Report of the Municipal Commissioner on the plague in Bombay for the year ending 31st May... - Volume 1
Disease focus: Plague
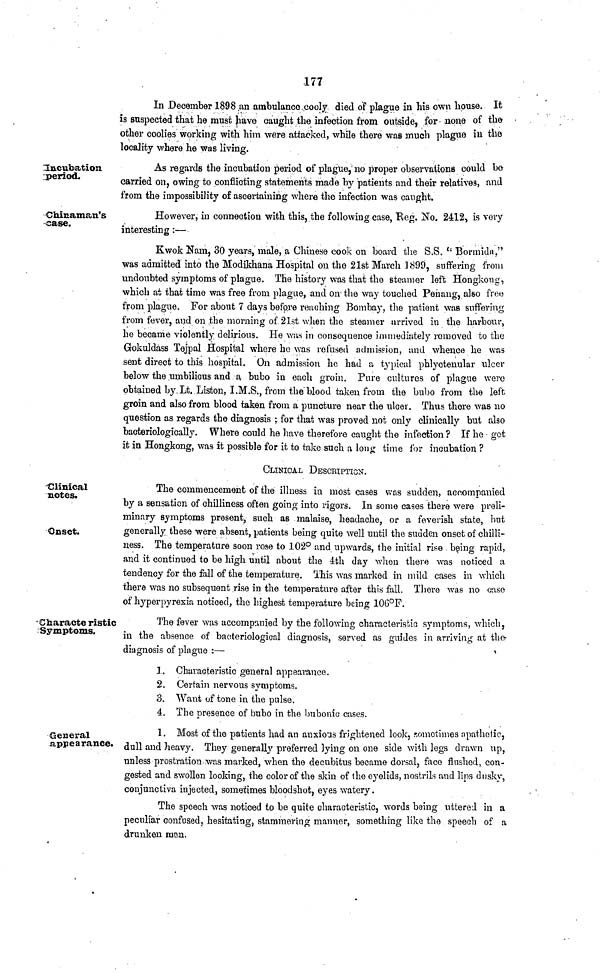
177
In December 1898 an ambulance cooly died of plague in his own house. It
is suspected that he must have caught the infection from outside, for none of the
other coolies working with him were attacked, while there was much plague in the
locality where he was living.
Incubation
period.
As regards the incubation period of plague, no proper observations could be-
carried on, owing to conflicting statements made by patients and their relatives, and
from the impossibility of ascertaining where the infection was caught.
Chinaman's
case.
However, in connection with this, the following case, Reg. No. 2412, is very
interesting:—
Kwok Nam, 30 years, male, a Chinese cook on board the S.S. " Bormida,"
was admitted into the Modikhana Hospital on the 21st March 1899, suffering from
undoubted symptoms of plague. The history was that the steamer left Hongkong,
which at that time was free from plague, and on the way touched Penaug, also free
from plague. For about 7 days before reaching Bombay, the patient was suffering
from fever, and on the morning of 21st when the steamer arrived in the harbour,
he became violently delirious. He was in consequence immediately removed to the
Gokuldass Tejpal Hospital where ho was refused admission, and whence he was
sent direct to this hospital. On admission he had a typical phlyctenular ulcer
below the umbilicus and a bubo in each groin. Pure cultures of plague were
obtained by Lt. Listen, I.M.S., from the blood taken from the bubo from the left
groin and also from blood taken from a puncture near the ulcer. Thus there was no
question as regards the diagnosis ; for that was proved not only clinically but also
bacteriologically. Where could he have therefore caught the infection? If he got
it in Hongkong, was it possible for it to take such a long time for incubation?
CLINICAL DESCRIPTION.
Clinical
notes
Onset.
The commencement of the illness in most cases was sudden, accompanied
by a sensation of chilliness often going into rigors. In some cases there were preli-
minary symptoms present, such as malaise, headache, or a feverish state, but
generally these were absent, patients being quite well until the suuden onset of chilli-
ness. The temperature soon rose to 102° and upwards, the initial rise being rapid,
and it continued to be high until about the 4th day when there was noticed a
tendency for the fall of the temperature. This was marked in mild cases in which
there was no subsequent rise in the temperature after this fall. There was no case
of hyperpyrexia noticed, the highest temperature being 106°F.
Characte ristic
Symptoms.
The fever was accompanied by the following characteristic symptoms, which,
in the absence of bacteriological diagnosis, served as guides in arriving at the-
diugnosis of plague :—
1. Characteristic general appearance.
2. Certain nervous symptoms.
3. Want of tone in the pulse.
4. The presence of bubo in the bubonic cases.
General
appearance.
1. Most of the patients had an anxious frightened look, sometimes apathetic,
dull and heavy. They generally preferred lying on one side with legs drawn up,
unless prostration was marked, when the decubitus became dorsal, face flushed, con-
gested and swollen looking, the color of the skin of the eyelids, nostrils and lips dusky,
conjunctiva injected, sometimes bloodshot, eyes watery.
The speech was noticed to be quite characteristic, words being uttered in a
peculiar confused, hesitating, stammering manner, something like the speech of a
drunken man.